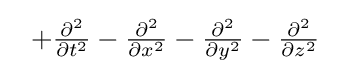
\;~\textstyle +{\frac {\partial ^{2}}{\partial t^{2}}}-{\frac {\partial ^{2}}{\partial x^{2}}}-{\frac {\partial ^{2}}{\partial y^{2}}}-{\frac {\partial ^{2}}{\partial z^{2}}}~\;